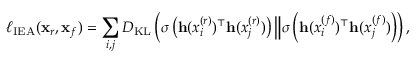
\ell _ { \mathrm { I E A } } ( \mathbf { x } _ { r } , \mathbf { x } _ { f } ) = \sum _ { i , j } D _ { \mathrm { K L } } \left( \sigma \left( \mathbf { h } ( x _ { i } ^ { ( r ) } ) ^ { \top } \mathbf { h } ( x _ { j } ^ { ( r ) } ) \right) \Big \Vert \sigma \left( \mathbf { h } ( x _ { i } ^ { ( f ) } ) ^ { \top } \mathbf { h } ( x _ { j } ^ { ( f ) } ) \right) \right) ,